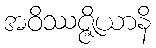
အဝိဿဇ္ဇိယာနိ